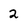
Character: 2